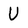
Character: U